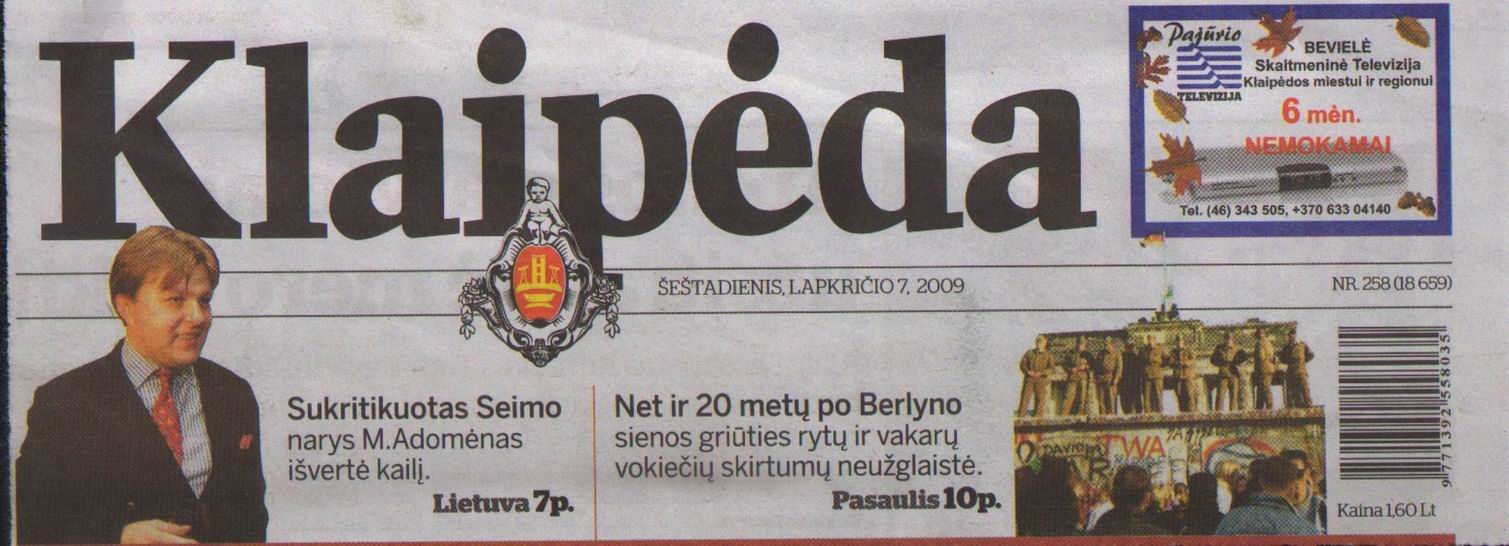
Language: lt